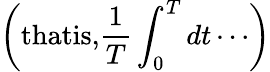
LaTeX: \left(\textrm{thatis,}\frac{1}{T}\int_{0}^{T}dt\cdots\right)